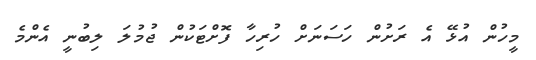
މީހުން އުޅޭ އެ ރަށުން ހަސަނަށް ހުރިހާ ފޮށްޓަކުން ޖުމުލަ ލިބުނީ އެންމެ